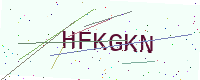
Text: HFKGKN